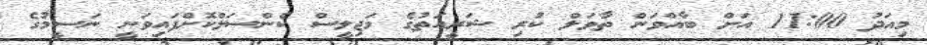
މިއަދު 11:00 އަށް ބާއްވަން ތާވަލް ކުރި ޝަރީއަތުގެ މަޖިލީސް ކެންސަލްކޮށްފައިވަނީ ނަސީމުގެ